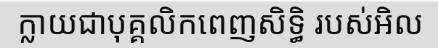
ក្លាយជាបុគ្គលិកពេញសិទ្ធិ របស់អិល